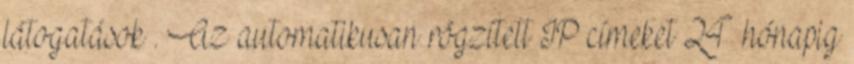
látogatások . Az automatikusan rögzített IP címeket 24 hónapig